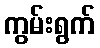
ကွမ်းရွက်